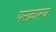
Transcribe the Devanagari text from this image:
परक्राम्‍य